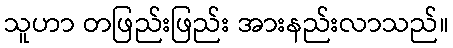
သူဟာ တဖြည်းဖြည်း အားနည်းလာသည်။